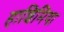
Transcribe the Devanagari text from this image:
हाशिमिया